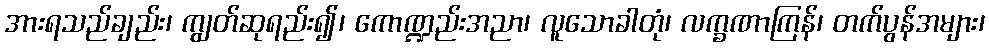
အားရသည်ချည်း၊ ကျွတ်ဆုရည်း၍၊ ကောဏ္ဍည်းအညာ၊ လူသောခါတုံ၊ လက္ခဏာကြန်၊ တက်ပွန်အများ၊